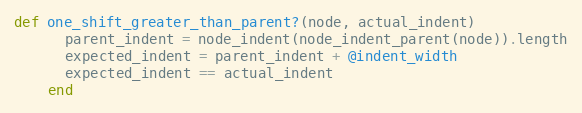
Language: Ruby
def one_shift_greater_than_parent?(node, actual_indent)
      parent_indent = node_indent(node_indent_parent(node)).length
      expected_indent = parent_indent + @indent_width
      expected_indent == actual_indent
    end